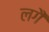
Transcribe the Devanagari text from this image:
लगैं